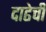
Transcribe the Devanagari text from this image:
दाढेची